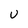
Character: U